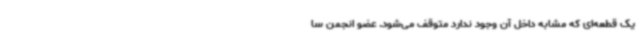
یک قطعه‌ای که مشابه داخل آن وجود ندارد متوقف می‌شود. عضو انجمن سا